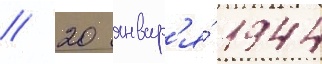
// 20 январ'я́ 1944